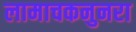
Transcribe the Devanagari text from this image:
लामाचकनुनरा